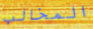
المخالب